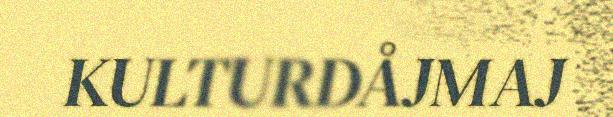
KULTURDÅJMAJ